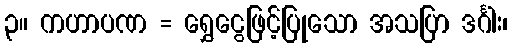
၃။ ကဟာပဏ = ရွှေငွေဖြင့်ပြုသော အသပြာ ဒင်္ဂါး၊